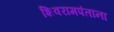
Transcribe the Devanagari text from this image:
शिवरामपंतांना